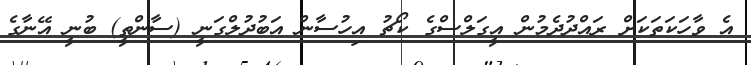
އެ ވާހަކަތަކަށް ރައްދުދެމުން އީގަލްސްގެ ކޯޗު އިހުސާން އަބުދުލްގަނީ (ސާންތީ) ބުނީ އޭނާގެ